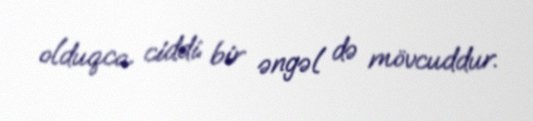
olduqca ciddi bir əngəl də mövcuddur.